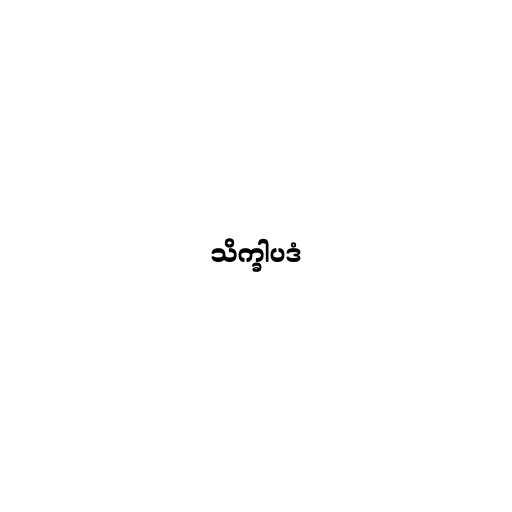
သိက္ခါပဒံ